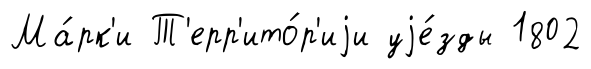
Ма́рк'и Т'ерр'ито́р'иjи уjе́зды 1802